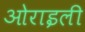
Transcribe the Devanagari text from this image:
ओराइली